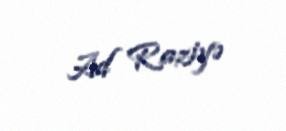
Ad Raziyə